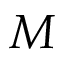
M